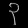
Digit: ၃